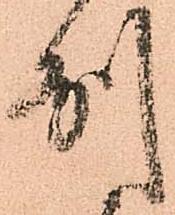
州